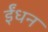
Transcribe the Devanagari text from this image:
र्इंधन